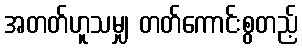
အတတ်ဟူသမျှ တတ်ကောင်းစွတည့်